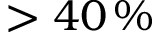
> 4 0 \, \%